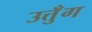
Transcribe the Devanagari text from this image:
उत्तुँग